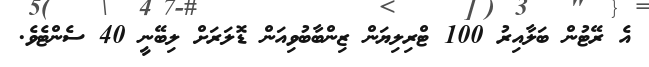
އެ ރޭޓުން ބަލާއިރު 100 ޓްރިލިޔަން ޒިންބާބުވިއަން ޑޮލަރަށް ލިބޭނީ 40 ސެންޓެވެ.